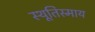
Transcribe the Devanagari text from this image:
स्थूतिस्माय